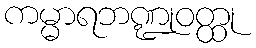
ကမ္မာရဘဏ္ဍုဝတ္ထု